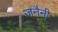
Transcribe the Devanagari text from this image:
जनैनी